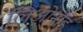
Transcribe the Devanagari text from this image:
लिओनोर्ड